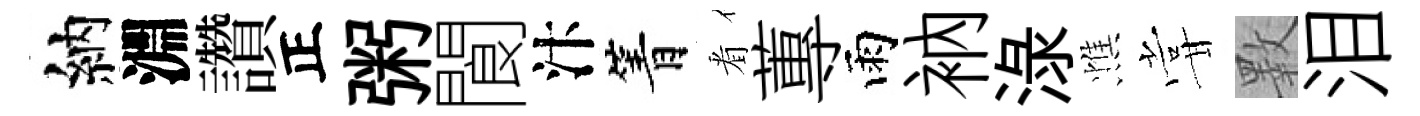
納淵讚正粥閬汴箐㸔蓴雨衲渌憔甞斁泪